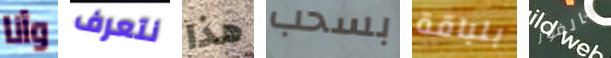
وأنا نتعرف هذا بسحب بلباقة بالفوز